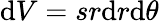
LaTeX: \mathrm{d}V=sr\mathrm{d}r\mathrm{d}\theta